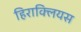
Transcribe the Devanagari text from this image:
हिराक्लियस